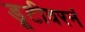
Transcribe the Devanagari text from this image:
डूटीवरनं